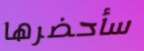
سأحضرها